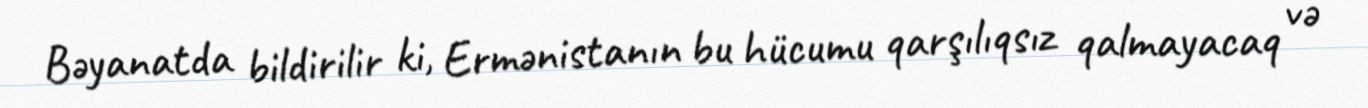
Bəyanatda bildirilir ki, Ermənistanın bu hücumu qarşılıqsız qalmayacaq və